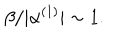
\beta / | \alpha ^ { ( 1 ) } | \sim 1 .